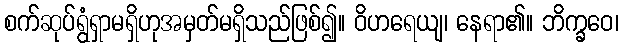
စက်ဆုပ်ရွံရှာမရှိဟုအမှတ်မရှိသည်ဖြစ်၍။ ဝိဟရေယျ၊ နေရာ၏။ ဘိက္ခဝေ၊